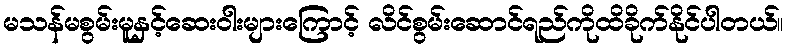
မသန်မစွမ်းမူနှင့်ဆေးဝါးများကြောင့် လိင်စွမ်းဆောင်ရည်ကိုထိခိုက်နိုင်ပါတယ်။